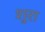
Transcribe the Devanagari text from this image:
शुरा